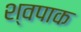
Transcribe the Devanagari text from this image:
श्वपाक